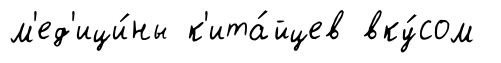
м'ед'ици́ны к'ита́йцев вку́сом